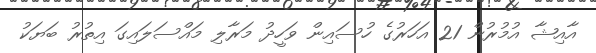
އާއިޝާ އުމުރުން 21 އަހަރުގެ ހުސައިން ވަހީދު މަރާލި މައްސަލައިގަ އިތުރު ބަޔަކު